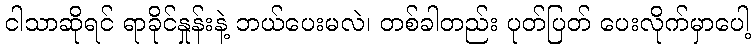
ငါသာဆိုရင် ရာခိုင်နှုန်းနဲ့ ဘယ်ပေးမလဲ၊ တစ်ခါတည်း ပုတ်ပြတ် ပေးလိုက်မှာပေါ့